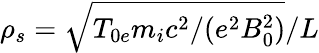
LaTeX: \rho_{s}=\sqrt{{T_{0e}m_{i}c^{2}}/{(e^{2}B_{0}^{2})}}/L